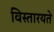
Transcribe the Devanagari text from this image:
विस्तारयते